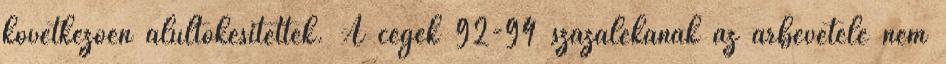
következően alultőkésítettek. A cégek 92-94 százalékának az árbevétele nem